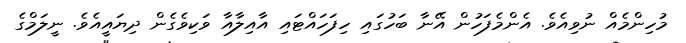
މުހިންމެއް ނުވިއެވެ. އެންމެފަހުން އޭނާ ބަހުގައި ހިފަހައްޓައި އާއިލާއާ ވަކިވެގެން ދިޔައީއެވެ. ނީލަމްގެ